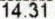
14.31